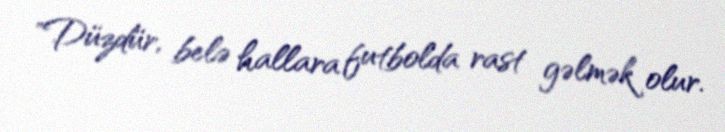
"Düzdür, belə hallara futbolda rast gəlmək olur.